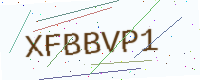
Text: XFBBVP1